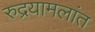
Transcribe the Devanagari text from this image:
रुद्रयामलांत